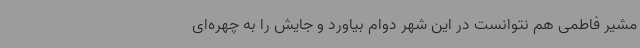
مشیر فاطمی هم نتوانست در این شهر دوام بیاورد و جایش را به چهره‌ای